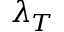
\lambda _ { T }